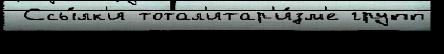
 Ссы́лк'и тотал'итар'и́зм'е групп